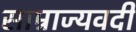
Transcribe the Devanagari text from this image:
साम्राज्यवदी